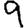
Digit: 9